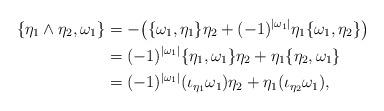
LaTeX: \begin{align*}\{\eta_1\wedge\eta_2,\omega_1\}&=-\big(\{\omega_1,\eta_1\}\eta_2+(-1)^{|\omega_1|}\eta_1\{\omega_1,\eta_2\}\big)\\&=(-1)^{|\omega_1|}\{\eta_1,\omega_1\}\eta_2+\eta_1\{\eta_2,\omega_1\}\\&=(-1)^{|\omega_1|}(\iota_{\eta_1}\omega_1)\eta_2+\eta_1(\iota_{\eta_2}\omega_1),\end{align*}